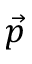
\vec { p }